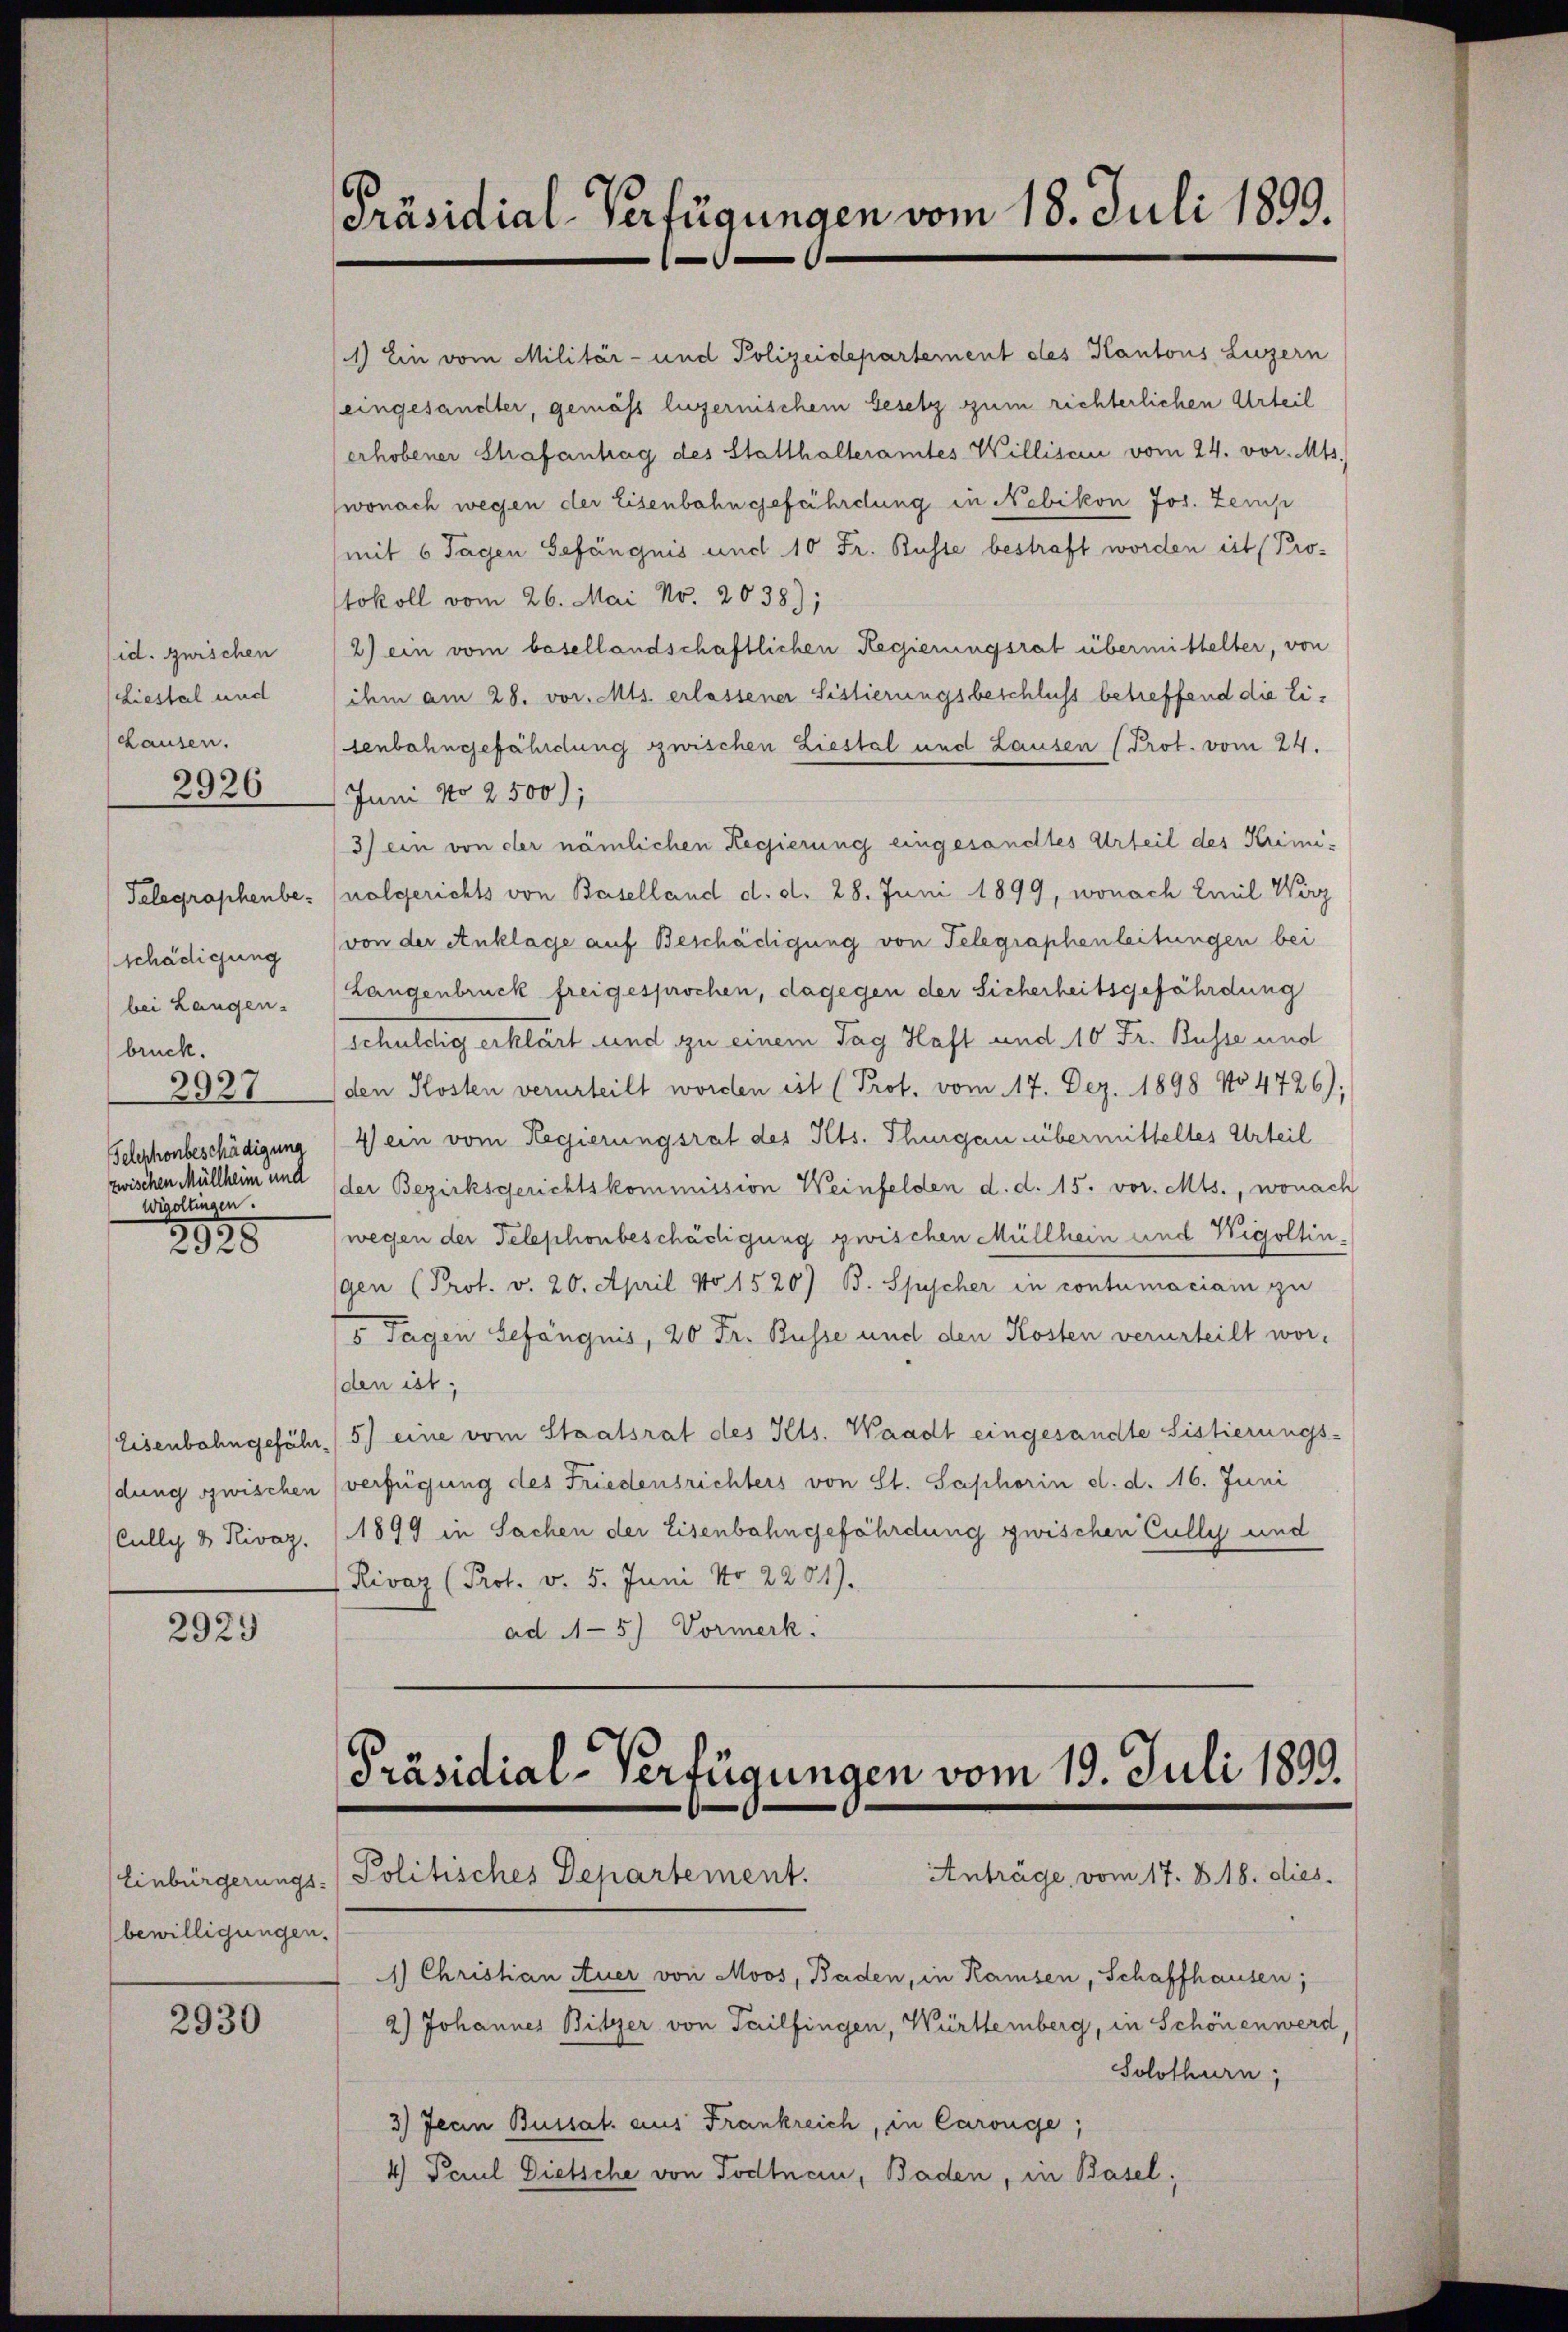
id. Zwischen
Liestal und
Lausen.
2926

schädigung
bei Langen.
brück.
2927
Wigoltingen.

2828

2923

bewilligungen.

2930

Präsidial-Verfügungen vom 18. Juli 1899.

Präsidial-Verfügungen vom 19. Juli 1899.
Anträge, vom 17. B. 18. dies
Einbürgerungs- Politisches Departement.

1) Ein vom Militär- und Polizeidepartement des Kantons Luzern
(eingesandter, gemäß luzernischem Gesetz zum richterlichen Urteil
erhobener Strafantrag des Statthalteramtes Willisau vom 24. vor. Mts.
wonach wegen der Eisenbahngefährdung in Nebikon Jos. Zemp
mit 6 Tagen Gefängnis und 10 Fr. Busse bestraft worden ist (Pro-
tokoll vom 26. Mai No. 2038);
2) ein vom besellandschaftlichen Regierungsrat übermittelter, von
ihm am 28. vor. Mts. erlassener Sistierungsbeschluss betreffend die Eisenbahngefährdung zwischen Liestal und Lausen (Prot. vom 24.
Juni No 2500);
3) ein von der nämlichen Regierung eingesandtes Urteil des Krimi¬
Telegraphenbe- (nalgerichts von Baselland d. d. 28. Juni 1899, wonach Emil Wirz
(von der Anklage auf Beschädigung von Telegraphenleitungen bei
Langenbruck freigesprochen, dagegen der Sicherheitsgefährdung
schuldig erklärt und zu einem Tag Haft und 10 Fr. Busse und
den Kosten verurteilt worden ist (Prot. vom 17. Dez. 1898 No 4726);
Telephonbeschädigung (4) ein vom Regierungsrat des Ilts. Thurgau übermitteltes Urteil
zwischen Müllheim und der Bezirksgerichtskommission Weinfelden d. d. 15. vor. Mts., wonach
wegen der Telephonbeschädigung zwischen Müllhein und Wigoltingen (Prot. v. 20. April No 1520) B. Spycher in contumaciam zu
/5 Tagen Gefängnis, 20 Fr. Busse und den Kosten verurteilt wor¬
(den ist,
Eisenbahngefähr 5) eine vom Staatsrat des Kts. Waadt eingesandte Sistierungs-
dung zwischen verfügung des Friedensrichters von St. Saphorin d. d. 16. Juni
Cully & Rivaz. (1899 in Sachen der Eisenbahngefährdung zwischen Cully und
Rivaz (Prot. v. 5. Juni No 2201).
ad 45) Vormerk

1) Christian Auer von Moos, Baden, in Kaisen, Schaffhausen;
2) Johannes Bitzer von Tailfingen, Württemberg, in Schönen werd,
Solothurn,
3) Jean Bussat. aus Frankreich, in Carouge;
4) Paul Dietsche von Todtnau, Baden, in Basel;